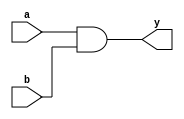
`timescale 1ns / 1ps
//////////////////////////////////////////////////////////////////////////////////
// Company: 
// Engineer: 
// 
// Design Name: 
// Module Name: and_gate
// Project Name: 
// Target Devices: 
// Tool Versions: 
// Description: 
// 
// Dependencies: 
// 
// Revision:
// Revision 0.01 - File Created
// Additional Comments:
// 
//////////////////////////////////////////////////////////////////////////////////


module and_gate(a,b,y);
input a,b;
output y;
assign y=a&b;
endmodule